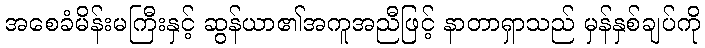
အစေခံမိန်းမကြီးနှင့် ဆွန်ယာ၏အကူအညီဖြင့် နာတာရှာသည် မှန်နှစ်ချပ်ကို